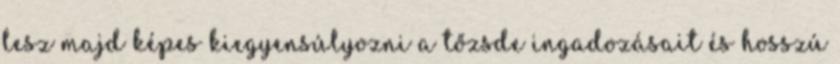
lesz majd képes kiegyensúlyozni a tőzsde ingadozásait és hosszú